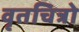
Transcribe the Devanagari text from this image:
वृतचित्रो